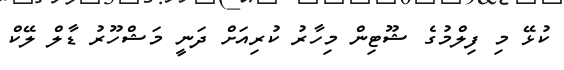
ކުޅޭ މި ފިލްމުގެ ޝޫޓިން މިހާރު ކުރިއަށް ދަނީ މަޝްހޫރު ޑާލް ލޭކް